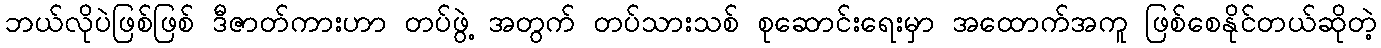
ဘယ်လိုပဲဖြစ်ဖြစ် ဒီဇာတ်ကားဟာ တပ်ဖွဲ့ အတွက် တပ်သားသစ် စုဆောင်းရေးမှာ အထောက်အကူ ဖြစ်စေနိုင်တယ်ဆိုတဲ့